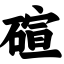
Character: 碹